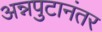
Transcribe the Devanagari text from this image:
अन्नपुटानंतर